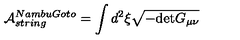
\mathcal { A } _ { s t r i n g } ^ { N a m b u G o t o } = \int d ^ { 2 } \xi \sqrt { - \mathrm { d e t } G _ { \mu \nu } }